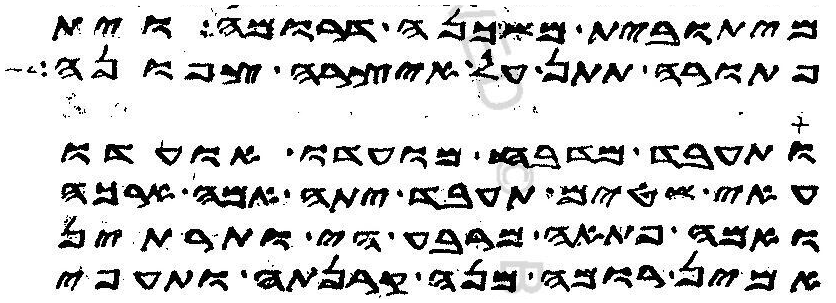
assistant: מיתובית משכנה דרומה וית
פתורה תתן על איצרה צפונה
ותעבד מדבח מועדו אועדו
עאי שטים תעבד יתה אמה ארכה
ואמה פתאה מרבע הי ותרתין
אמין רומה מנה קרנתה ותעפי